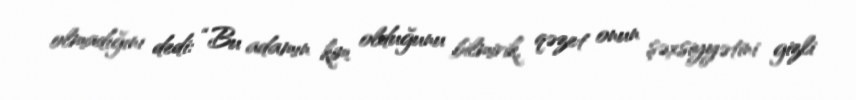
olmadığını dedi: “Bu adamın kim olduğunu bilmirik, qəzet onun şəxsiyyətini gizli